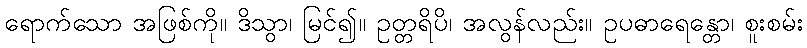
ရောက်သော အဖြစ်ကို။ ဒိသွာ၊ မြင်၍။ ဥတ္တရိပိ၊ အလွန်လည်း။ ဥပဓာရေန္တော၊ စူးစမ်း